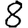
Digit: 8